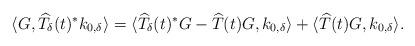
LaTeX: \begin{align*} \langle G, \widehat{T}_{\delta}(t)^*k_{0,\delta}\rangle = \langle \widehat{T}_{\delta}(t)^*G - \widehat{T}(t)G, k_{0,\delta}\rangle + \langle \widehat{T}(t)G, k_{0,\delta}\rangle.\end{align*}